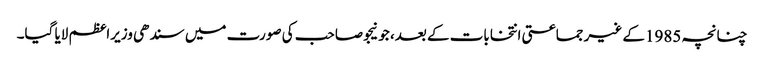
چنانچہ 1985کے غیر جماعتی انتخابات کے بعد، جونیجو صاحب کی صورت میں سندھی وزیراعظم لایا گیا۔